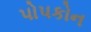
પોપકોન